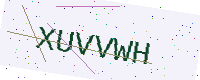
Text: XUVVWH